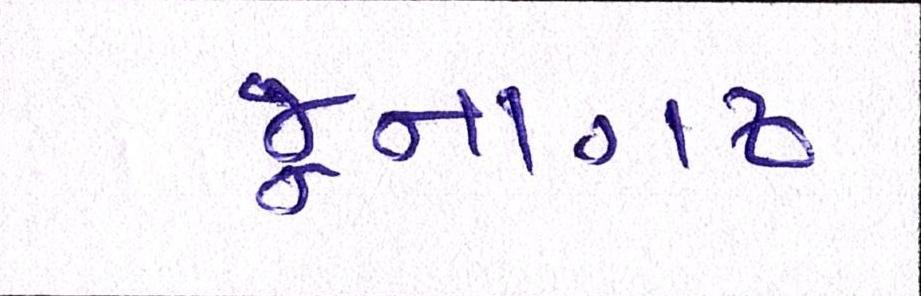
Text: જૂનાગઢ